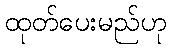
ထုတ်ပေးမည်ဟု